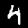
Label: 4